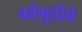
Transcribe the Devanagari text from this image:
कौमुदीचे